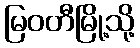
မြဝတီမြို့သို့